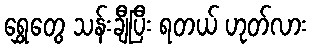
ရွှေတွေ သန်းချီပြီး ရတယ် ဟုတ်လား